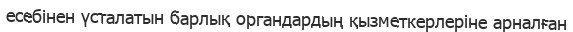
есебінен үсталатын барлық органдардың қызметкерлеріне арналған